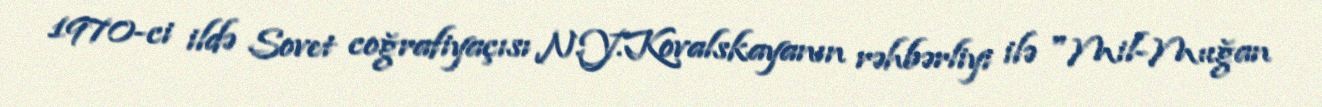
1970-ci ildə Sovet coğrafiyaçısı N.Y.Kovalskayanın rəhbərliyi ilə "Mil-Muğan